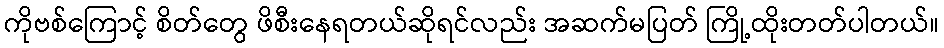
ကိုဗစ်ကြောင့် စိတ်တွေ ဖိစီးနေရတယ်ဆိုရင်လည်း အဆက်မပြတ် ကြို့ထိုးတတ်ပါတယ်။